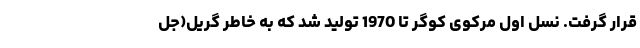
قرار گرفت. نسل اول مرکوی کوگر تا 1970 تولید شد که به خاطر گریل(جل